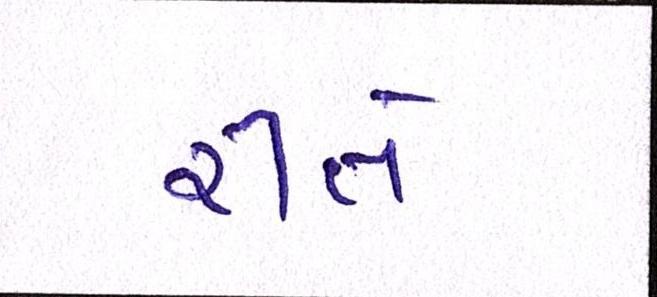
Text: રીતે